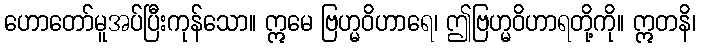
ဟောတော်မူအပ်ပြီးကုန်သော။ ဣမေ ဗြဟ္မဝိဟာရေ၊ ဤဗြဟ္မဝိဟာရတို့ကို။ ဣတနိ၊